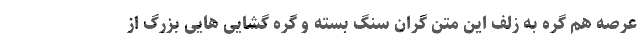
عرصه هم گره به زلف این متن گران سنگ بسته و گره گشایی هایی بزرگ از